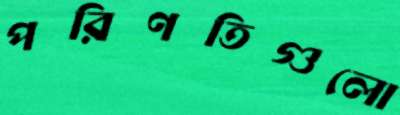
পরিণতিগুলো